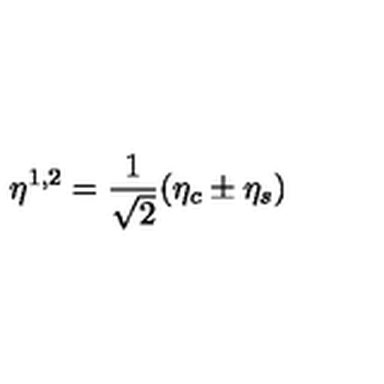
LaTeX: \eta ^ { 1 , 2 } = \frac { 1 } { \sqrt { 2 } } ( \eta _ { c } \pm \eta _ { s } )